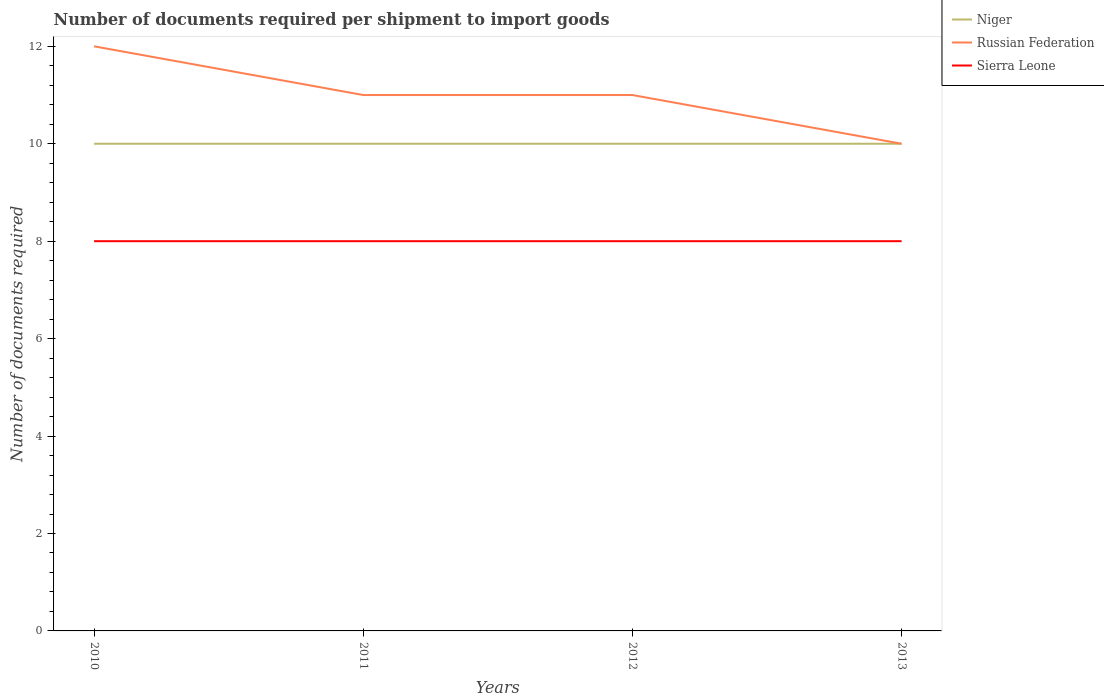
| Years | Niger | Russian Federation | Sierra Leone |
 | --- | --- | --- | --- |
 | 2010 | 10 | 12 | 8 |
 | 2011 | 10 | 11 | 8 |
 | 2012 | 10 | 11 | 8 |
 | 2013 | 10 | 10 | 8 |